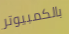
بالكمبيوتر